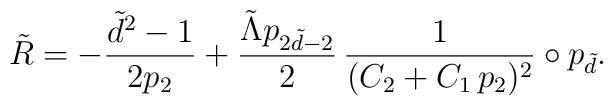
\tilde{R} = -\frac{\tilde{d}^2-1}{2p_2}  + \frac{ \tilde{\Lambda} p_{2\tilde{d}-2} }{2}  \,  \frac{1}{(C_2+C_1\, p_2)^2}\circ p_{\tilde{d}}.